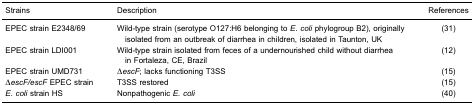
| Strains | Description | References |
 | --- | --- | --- |
 | EPEC strain E2348/69 | Wild-type strain (serotype O127:H6 belonging to E. coli phylogroup B2), originally isolated from an outbreak of diarrhea in children, isolated in Taunton, UK | (31) |
 | EPEC strain LDI001 | Wild-type strain isolated from feces of a undernourished child without diarrhea in Fortaleza, CE, Brazil | (12) |
 | EPEC strain UMD731 | ΔescF; lacks functioning T3SS | (15) |
 | ΔescF/escF EPEC strain | T3SS restored | (15) |
 | E. coli strain HS | Nonpathogenic E. coli | (40) |